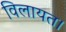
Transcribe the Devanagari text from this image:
विलायत।